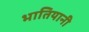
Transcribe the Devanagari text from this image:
भातियानी